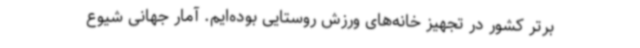
برتر کشور در تجهیز خانه‌های ورزش روستایی بوده‌ایم. آمار جهانی شیوع